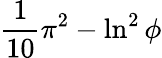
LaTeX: {\frac{1}{10}}\pi^{2}-\ln^{2}\phi